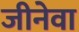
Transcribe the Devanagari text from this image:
जीनेवा